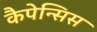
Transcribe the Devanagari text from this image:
कैपेन्सिस